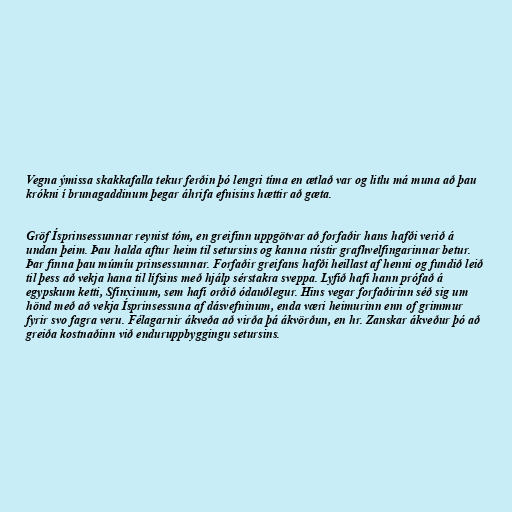
Vegna ýmissa skakkafalla tekur ferðin þó lengri tíma en ætlað var og litlu má muna að þau
krókni í brunagaddinum þegar áhrifa efnisins hættir að gæta.

Gröf Ísprinsessunnar reynist tóm, en greifinn uppgötvar að forfaðir hans hafði verið á
undan þeim. Þau halda aftur heim til setursins og kanna rústir grafhvelfingarinnar betur.
Þar finna þau múmíu prinsessunnar. Forfaðir greifans hafði heillast af henni og fundið leið
til þess að vekja hana til lífsins með hjálp sérstakra sveppa. Lyfið hafi hann prófað á
egypskum ketti, Sfinxinum, sem hafi orðið ódauðlegur. Hins vegar forfaðirinn séð sig um
hönd með að vekja Ísprinsessuna af dásvefninum, enda væri heimurinn enn of grimmur
fyrir svo fagra veru. Félagarnir ákveða að virða þá ákvörðun, en hr. Zanskar ákveður þó að
greiða kostnaðinn við enduruppbyggingu setursins.